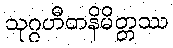
သုဂ္ဂဟီတနိမိတ္တဿ